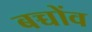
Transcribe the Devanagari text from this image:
बच्चोंव